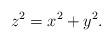
LaTeX: \begin{align*} z^2 &= x^2 + y^2 . \end{align*}